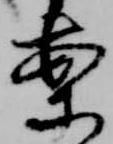
案